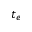
t _ { e }